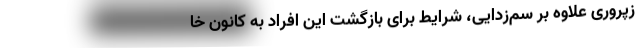
زپروری علاوه بر سم‌زدایی، شرایط برای بازگشت این افراد به کانون خا